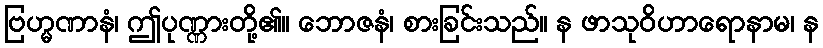
ဗြဟ္မဏာနံ၊ ဤပုဏ္ဏားတို့၏။ ဘောဇနံ၊ စားခြင်းသည်။ န ဖာသုဝိဟာရောနာမ၊ န